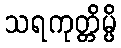
သရကုတ္တိမ္ပိ